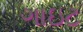
ગાઇટ